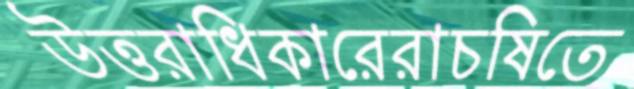
উত্তরাধিকারেরাচষিতে